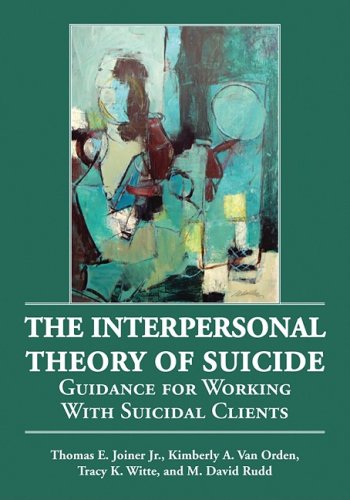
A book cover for The Interpersonal Theory of Suicide: Guidance for Working with Suicidal Clients; Thomas E., Jr. Joiner; Self-Help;